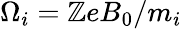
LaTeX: \Omega_{i}=\mathbb{Z}eB_{0}/m_{i}